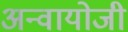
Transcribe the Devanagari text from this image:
अन्वायोजी